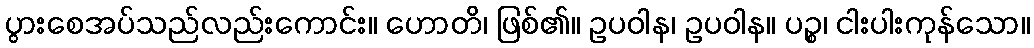
ပွားစေအပ်သည်လည်းကောင်း။ ဟောတိ၊ ဖြစ်၏။ ဥပဝါန၊ ဥပဝါန။ ပဉ္စ၊ ငါးပါးကုန်သော။